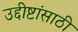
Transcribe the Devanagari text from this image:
उद्दीष्टांसाठी